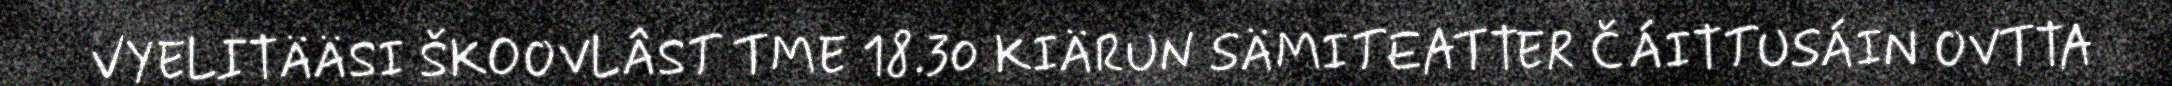
VYELITÄÄSI ŠKOOVLÂST TME 18.30 KIÄRUN SÄMITEATTER ČÁITTUSÁIN OVTTA